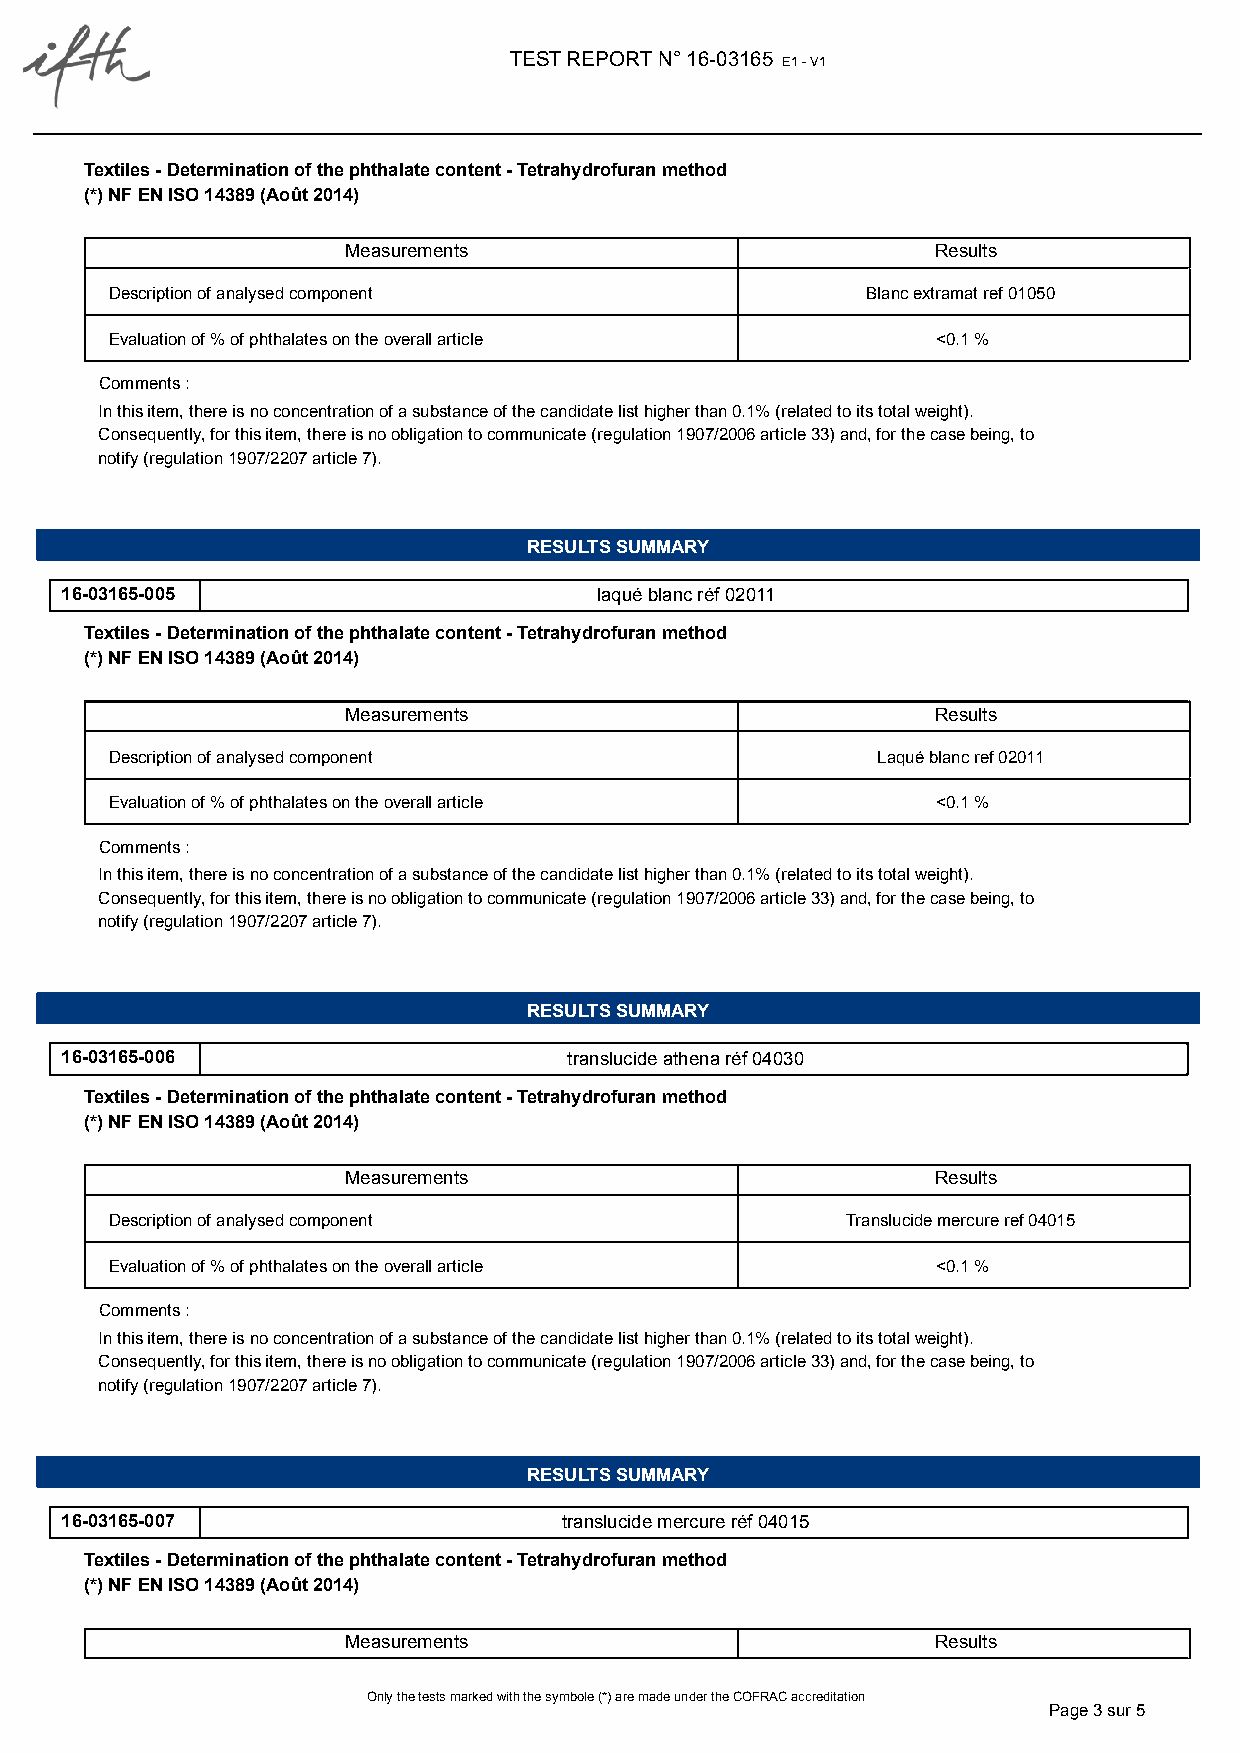
TEST REPORT N° 16-03165 E1 - V1
 Textiles - Determination of the phthalate content - Tetrahydrofuran method
 (*) NF EN ISO 14389 (Août 2014)
 Measurements                           Results
 Description of analysed component                 Blanc extramat ref 01050
 Evaluation of % of phthalates on the overall article   <0.1 %
 Comments :
 In this item, there is no concentration of a substance of the candidate list higher than 0.1% (related to its total weight).
 Consequently, for this item, there is no obligation to communicate (regulation 1907/2006 article 33) and, for the case being, to
 notify (regulation 1907/2207 article 7).
 1      1,00
 RESULTS SUMMARY
 16-03165-005                        laqué blanc réf 02011
 Textiles - Determination of the phthalate content - Tetrahydrofuran method
 (*) NF EN ISO 14389 (Août 2014)
 Measurements                           Results
 Description of analysed component                  Laqué blanc ref 02011
 Evaluation of % of phthalates on the overall article   <0.1 %
 Comments :
 In this item, there is no concentration of a substance of the candidate list higher than 0.1% (related to its total weight).
 Consequently, for this item, there is no obligation to communicate (regulation 1907/2006 article 33) and, for the case being, to
 notify (regulation 1907/2207 article 7).
 1      1,00
 RESULTS SUMMARY
 16-03165-006                      translucide athena réf 04030
 Textiles - Determination of the phthalate content - Tetrahydrofuran method
 (*) NF EN ISO 14389 (Août 2014)
 Measurements                           Results
 Description of analysed component                Translucide mercure ref 04015
 Evaluation of % of phthalates on the overall article   <0.1 %
 Comments :
 In this item, there is no concentration of a substance of the candidate list higher than 0.1% (related to its total weight).
 Consequently, for this item, there is no obligation to communicate (regulation 1907/2006 article 33) and, for the case being, to
 notify (regulation 1907/2207 article 7).
 1      1,00
 RESULTS SUMMARY
 16-03165-007                     translucide mercure réf 04015
 Textiles - Determination of the phthalate content - Tetrahydrofuran method
 (*) NF EN ISO 14389 (Août 2014)
 Measurements                           Results
 Only the tests marked with the symbole (*) are made under the COFRAC accreditation
 Page 3 sur 5